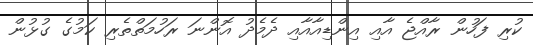
ކުރި ފަހުން ރާއްޖެ އާއި އިންޑިއާއާއި ދެމެދު އޮންނަ ރަހުމަތްތެރި ކަމުގެ ގުޅުން